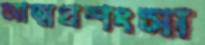
আত্মপ্রশংসা